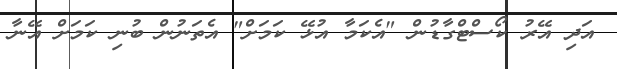
އަދި އޭރު ކޯސްޓްގާޑުން "އެކަމާ އުޅޭ ކަމަށް" އެތަނުން ބުނި ކަމަށް އޭނާ